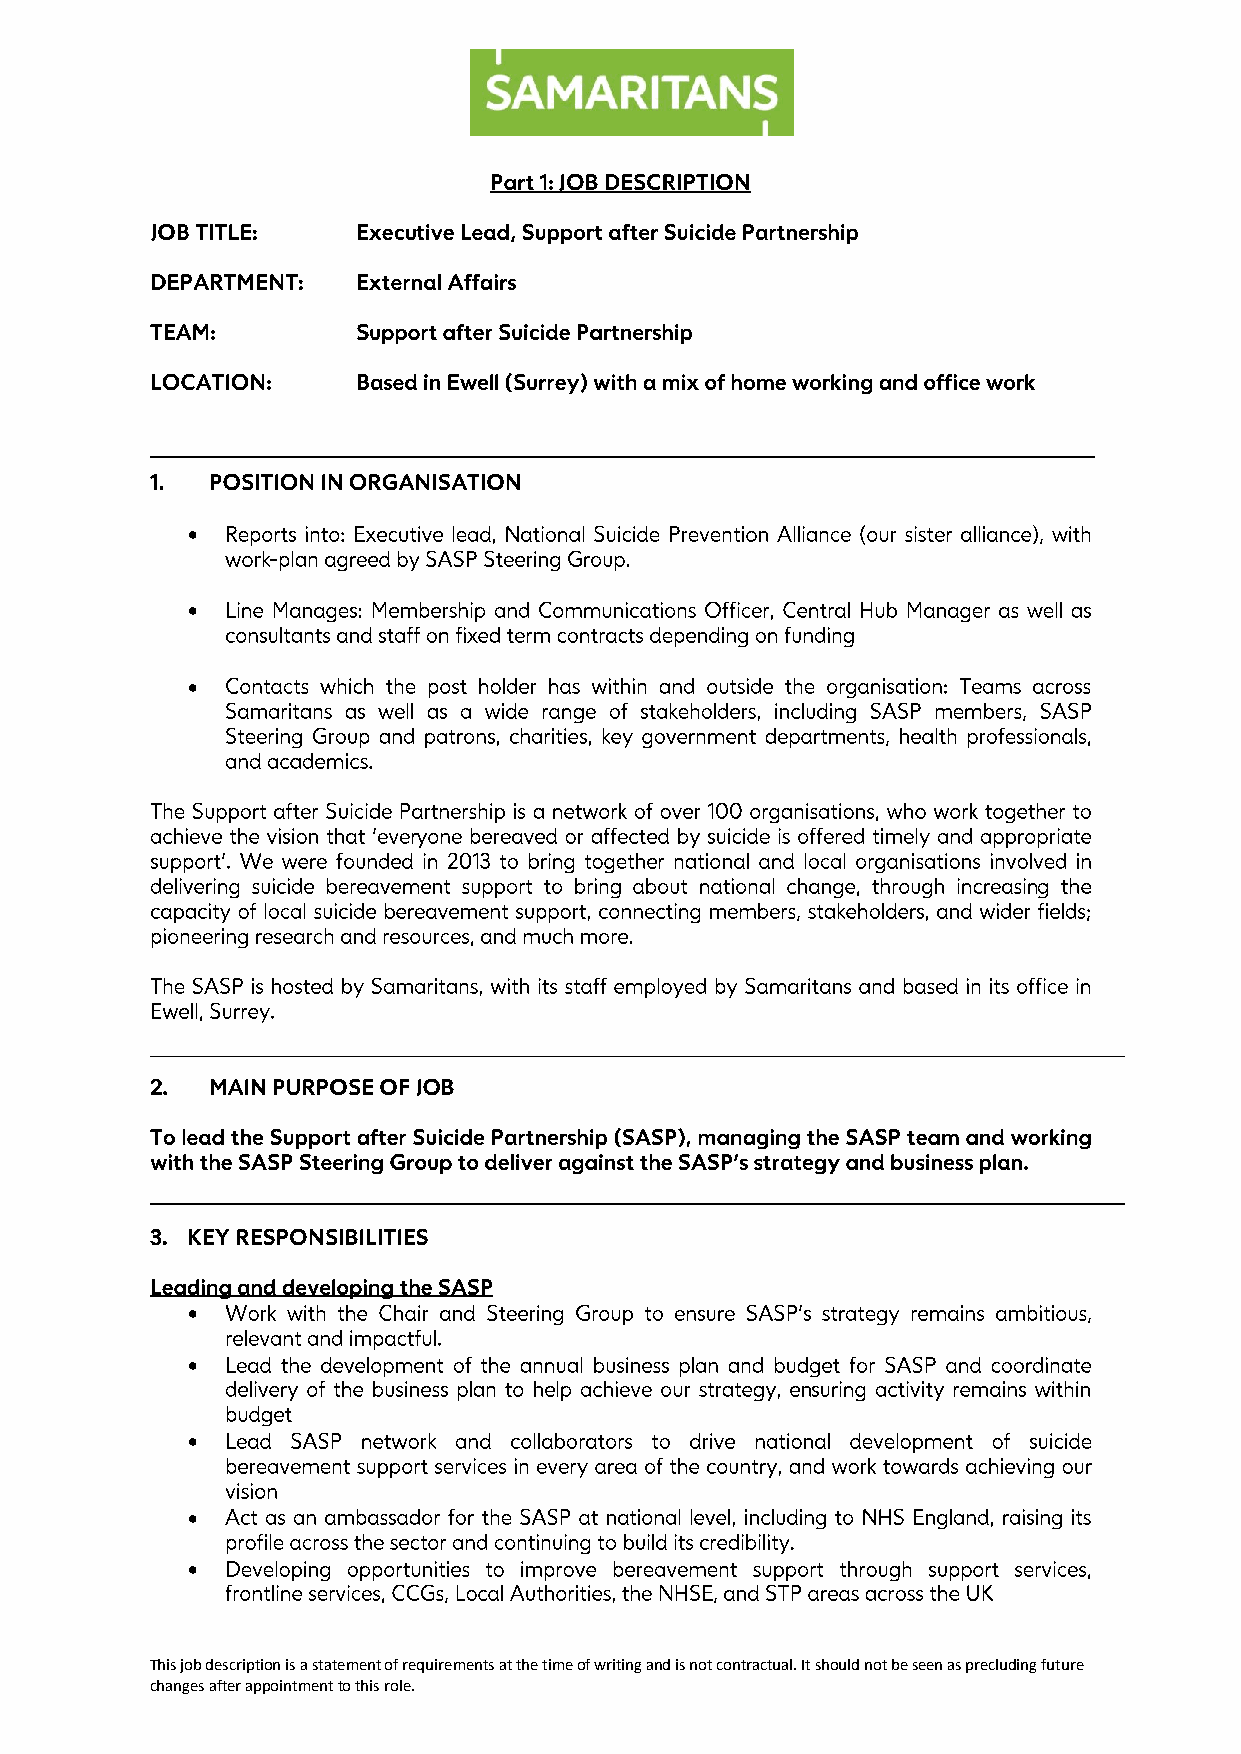
•
 •
 •
 •
 •
 •
 •
 •
 This job description is a statement of requirements at the time of writing and is not contractual. It should not be seen as precluding future
 changes after appointment to this role.